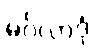
မင်္ဂလာဒုံ